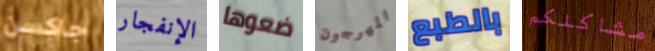
جاكسن الإنفجار ضعوها المهرجون بالطبع مشاكلكم